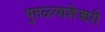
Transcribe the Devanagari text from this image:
पुतळ्याशेजारी